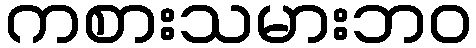
ကစားသမားဘဝ